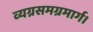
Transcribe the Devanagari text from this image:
व्यग्रसमग्रमार्ग।